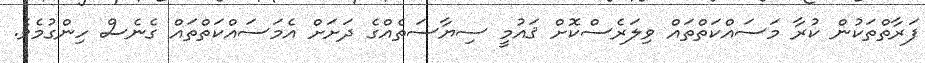
ފަރާތްތަކުން ކުރާ މަސައްކަތްތައް ވިލަރެސްކޮށް ޤައުމީ ސިޔާސަތެއްގެ ދަށަށް އެމަސައްކަތްތައް ގެނެސް ހިންގުމެވެ.